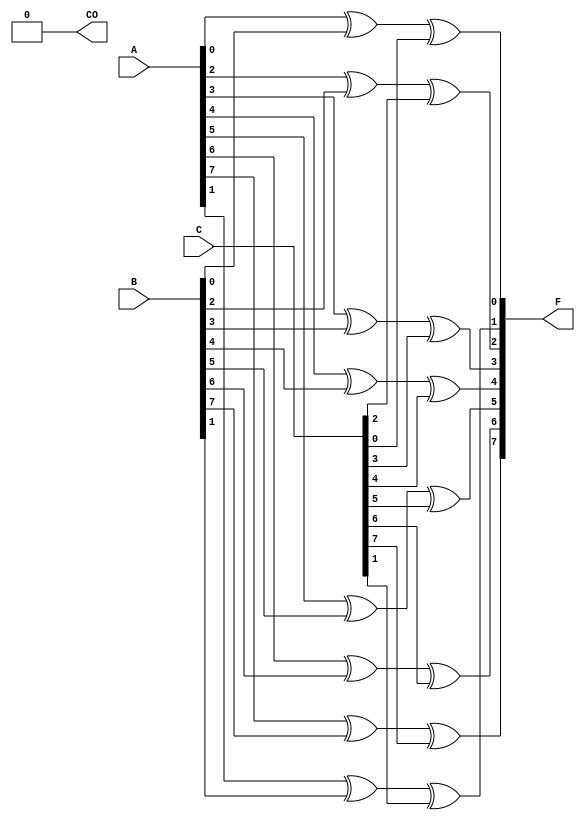
module carry_save_adder #(parameter N = 8) (
    input  wire [N-1:0] A, // First Input
    input  wire [N-1:0] B, // Second Input
    input  wire [N-1:0] C, // Third Input
    output wire [N-1:0] F, // Final Sum
    output wire         CO  // Carry Out
);

// Intermediate wires for sum and carry
wire [N-1:0] Sum; // Intermediate Sum
wire [N-1:0] Carry; // Intermediate Carry

// Carry Save Logic
genvar i;
generate
    for (i = 0; i < N; i = i + 1) begin : csa
        assign Sum[i] = A[i] ^ B[i] ^ C[i]; // Sum = A XOR B XOR C
        assign Carry[i] = (A[i] & B[i]) | (B[i] & C[i]) | (C[i] & A[i]); // Carry = (A AND B) OR (B AND C) OR (C AND A)
    end
endgenerate

// Final Carry Propagation using Ripple Carry Adder
wire [N:0] RCA; // To accommodate carry out
assign RCA[0] = 0; // Initial carry is zero

genvar j;
generate
    for (j = 0; j < N; j = j + 1) begin : rca
        assign RCA[j+1] = (Carry[j] & RCA[j]) | (Sum[j] & RCA[j]);
        assign F[j] = Sum[j] ^ RCA[j]; // Final sum is the sum of partials with propagated carry
    end
endgenerate

assign CO = RCA[N]; // Carry Out is the last carry bit

endmodule